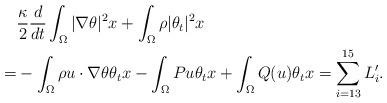
LaTeX: \begin{align*}&\frac{\kappa}{2}\frac{d}{dt}\int_{\Omega} |\nabla\theta|^2 x+\int_{\Omega} \rho |\theta_t|^2 x\\= &-\int_{\Omega} \rho u\cdot \nabla \theta \theta_tx-\int_{\Omega} Pu \theta_tx+\int_{\Omega} Q(u) \theta_tx= \sum_{i=13}^{15} L'_i.\end{align*}